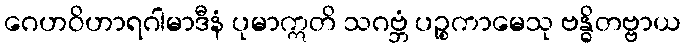
ဂေဟဝိဟာရဂါမာဒီနံ ပုမာဣတိ သဂဗ္ဘံ ပဉ္စကာမေသု ဗန္ဓိတဗ္ဗာယ